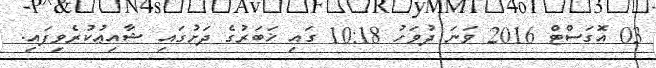
03 އޮގަސްޓް 2016 ވަނަ ދުވަހު 10:18 ގައި ޚަބަރުގެ ދަށުގައި ޝާއިޢުކުރެވިފައި.